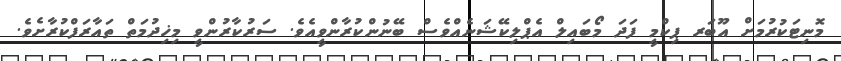
މޮނިޓަކުރުމަށް އޫބަރ ޕިކްމީ ފަދަ މޯބައިލް އެޕްލިކޭޝަނެއްވެސް ބޭނުންކުރާންވީއެވެ. ސަރުކާރުންވީ މިޚިދުމަތް ތައާރަފްކުރާށެވެ.